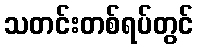
သတင်းတစ်ရပ်တွင်